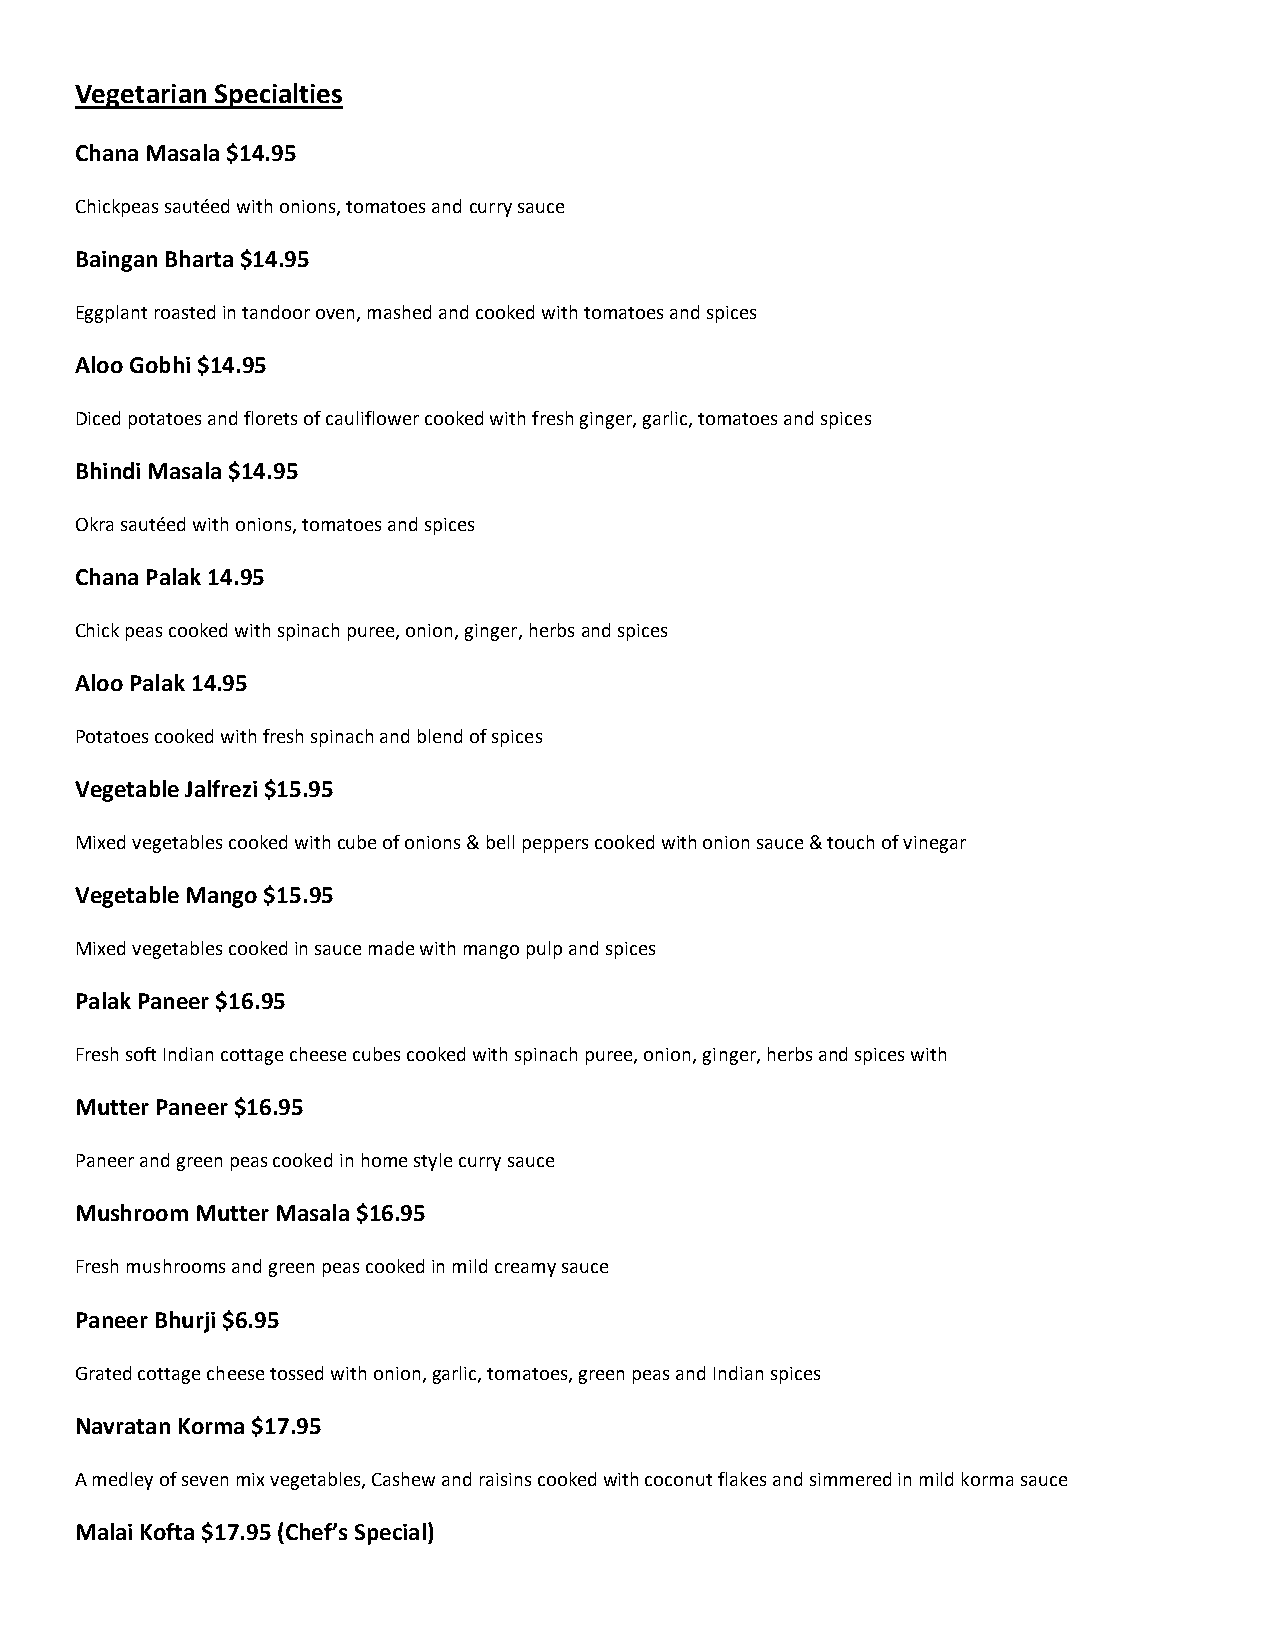
Vegetarian Specialties
 Chana Masala $14.95
 Chickpeas sautéed with onions, tomatoes and curry sauce
 Baingan Bharta $14.95
 Eggplant roasted in tandoor oven, mashed and cooked with tomatoes and spices
 Aloo Gobhi $14.95
 Diced potatoes and florets of cauliflower cooked with fresh ginger, garlic, tomatoes and spices
 Bhindi Masala $14.95
 Okra sautéed with onions, tomatoes and spices
 Chana Palak 14.95
 Chick peas cooked with spinach puree, onion, ginger, herbs and spices
 Aloo Palak 14.95
 Potatoes cooked with fresh spinach and blend of spices
 Vegetable Jalfrezi $15.95
 Mixed vegetables cooked with cube of onions & bell peppers cooked with onion sauce & touch of vinegar
 Vegetable Mango $15.95
 Mixed vegetables cooked in sauce made with mango pulp and spices
 Palak Paneer $16.95
 Fresh soft Indian cottage cheese cubes cooked with spinach puree, onion, ginger, herbs and spices with
 Mutter Paneer $16.95
 Paneer and green peas cooked in home style curry sauce
 Mushroom Mutter Masala $16.95
 Fresh mushrooms and green peas cooked in mild creamy sauce
 Paneer Bhurji $6.95
 Grated cottage cheese tossed with onion, garlic, tomatoes, green peas and Indian spices
 Navratan Korma $17.95
 A medley of seven mix vegetables, Cashew and raisins cooked with coconut flakes and simmered in mild korma sauce
 Malai Kofta $17.95 (Chef’s Special)